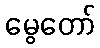
မွေတော်